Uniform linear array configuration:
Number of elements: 4
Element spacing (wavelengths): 0.5
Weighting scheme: kaiser
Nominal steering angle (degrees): -45
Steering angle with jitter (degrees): -46.36
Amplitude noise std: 0.05
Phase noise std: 0.05

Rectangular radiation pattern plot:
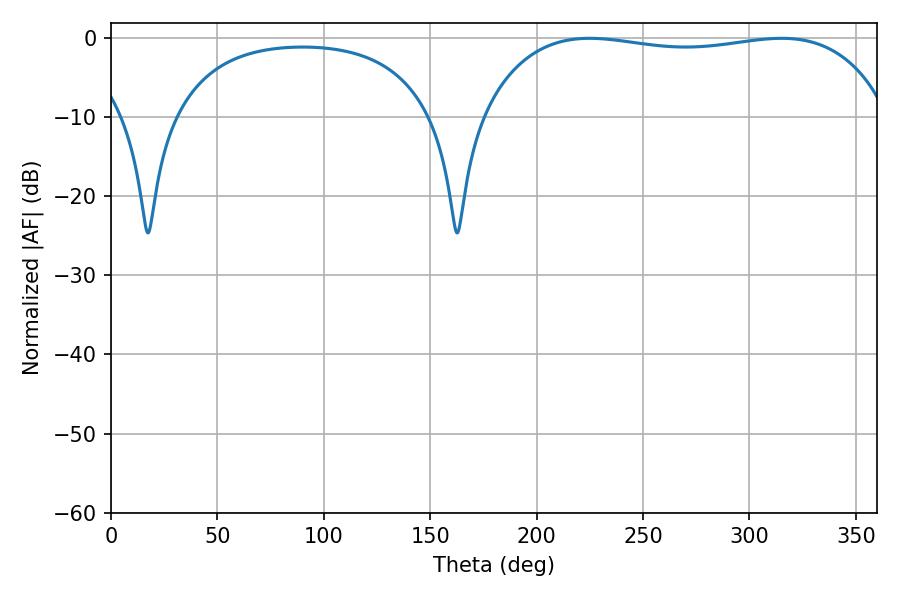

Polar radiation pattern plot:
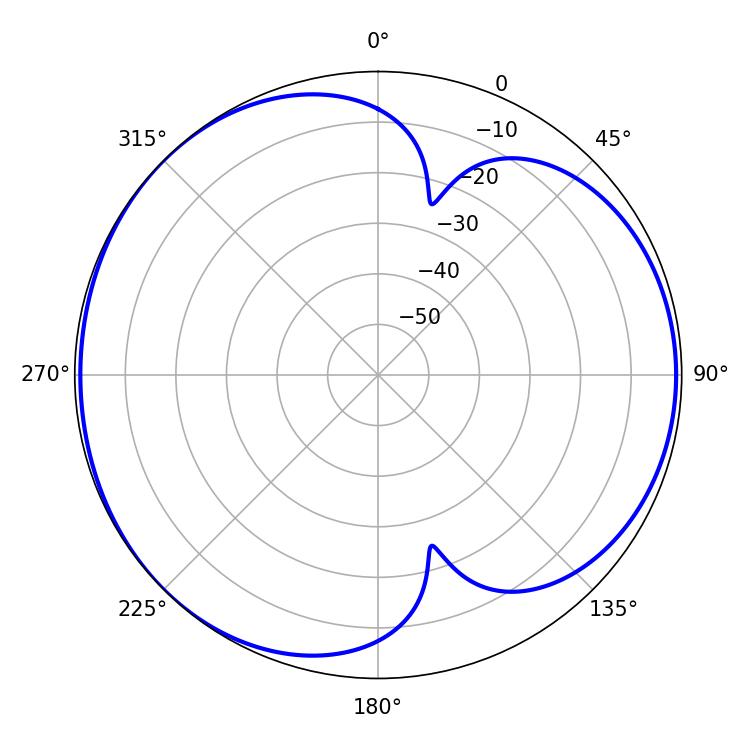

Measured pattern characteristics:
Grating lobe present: FALSE
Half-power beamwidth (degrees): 153.36
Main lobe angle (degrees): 224.82